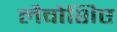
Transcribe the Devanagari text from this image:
लैवोशिए